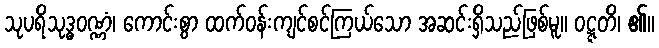
သုပရိသုဒ္ဓဝဏ္ဏံ၊ ကောင်းစွာ ထက်ဝန်းကျင်စင်ကြယ်သော အဆင်းရှိသည်ဖြစ်မူ။ ဝဋ္ဋတိ၊ ၏။